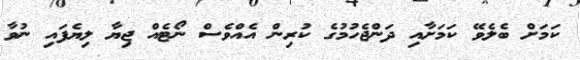
ކަމަށް ބެލެވޭ ކަމަށާއި ދަންޖެހުމުގެ ކުރިން އެއްވެސް ނޯޓެއް ޖިޔާ ލިޔެފައި ނުވާ